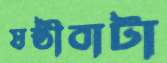
ষষ্ঠীবাটা